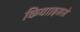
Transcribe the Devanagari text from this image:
किया।इससे